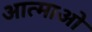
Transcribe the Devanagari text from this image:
आत्माओ